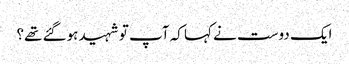
ایک دوست نے کہا کہ آپ تو شہید ہوگئے تھے؟